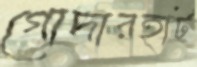
গোদারহাট